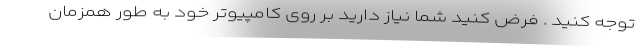
توجه کنید . فرض کنید شما نیاز دارید بر روی کامپیوتر خود به طور همزمان